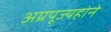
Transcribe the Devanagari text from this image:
अग्रपूज्यहोने